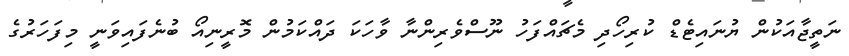
ނަތީޖާއަކުން ޔުނައިޓެޑް ކުރިހޯދި މެޗައްފަހު ނޫސްވެރިންނާ ވާހަކަ ދައްކަމުން މޮރީނިއޯ ބުނެފައިވަނީ މިފަހަރުގެ